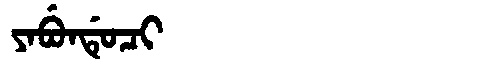
Manchu: ᠶᠠᠪᡠᠨᡩᡠᠴᡳ
Romanization: YABUNDUCI